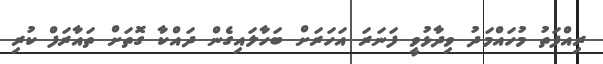
ރިއްފަތު މުހައްމަދު ވިދާޅުވީ ފަނަރަ އަހަރަށް ބަހާލައިގެން ދައްކާ ގޮތަށް ތައާރަފް ކުރި